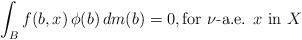
LaTeX: \begin{align*}\int_B f(b,x) \, \phi(b) \, dm(b) = 0, \textrm{for $\nu$-a.e. $x$ in $X$}\end{align*}